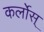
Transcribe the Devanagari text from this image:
कर्लोस्